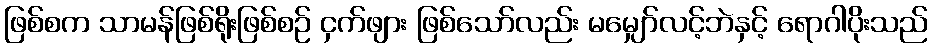
ဖြစ်စက သာမန်ဖြစ်ရိုးဖြစ်စဉ် ငှက်ဖျား ဖြစ်သော်လည်း မမျှော်လင့်ဘဲနှင့် ရောဂါပိုးသည်